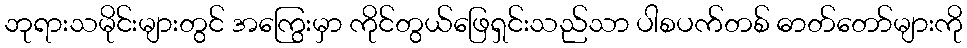
ဘုရားသမိုင်းများတွင် အကြွေးမှာ ကိုင်တွယ်ဖြေရှင်းသည်သာ ပါစပက်တစ် ဓာတ်တော်များကို